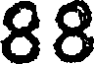
88